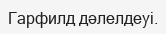
Гарфилд дәлелдеуі.